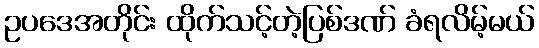
ဥပဒေအတိုင်း ထိုက်သင့်တဲ့ပြစ်ဒဏ် ခံရလိမ့်မယ်